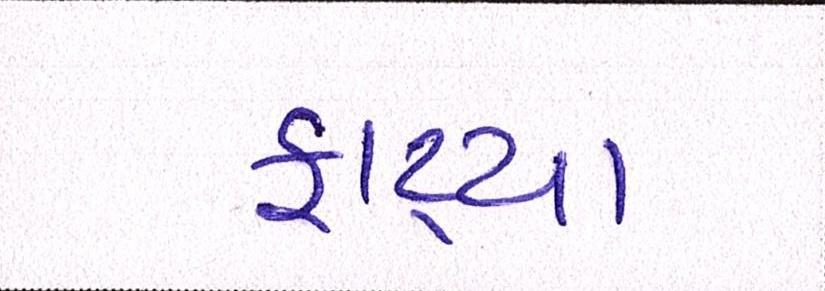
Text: ફાટ્યા